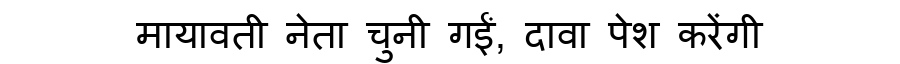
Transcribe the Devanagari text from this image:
मायावती नेता चुनी गईं, दावा पेश करेंगी